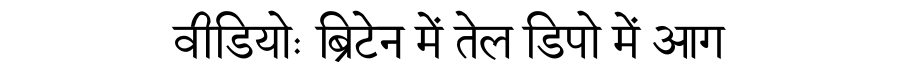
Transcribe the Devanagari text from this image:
वीडियोः ब्रिटेन में तेल डिपो में आग